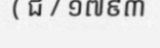
( ជ / ១៧៩៣